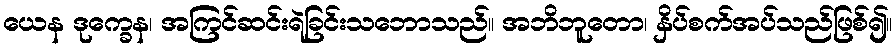
ယေန ဒုက္ခေန၊ အကြင်ဆင်းရဲခြင်းသဘောသည်။ အဘိဘူတော၊ နှိပ်စက်အပ်သည်ဖြစ်၍။